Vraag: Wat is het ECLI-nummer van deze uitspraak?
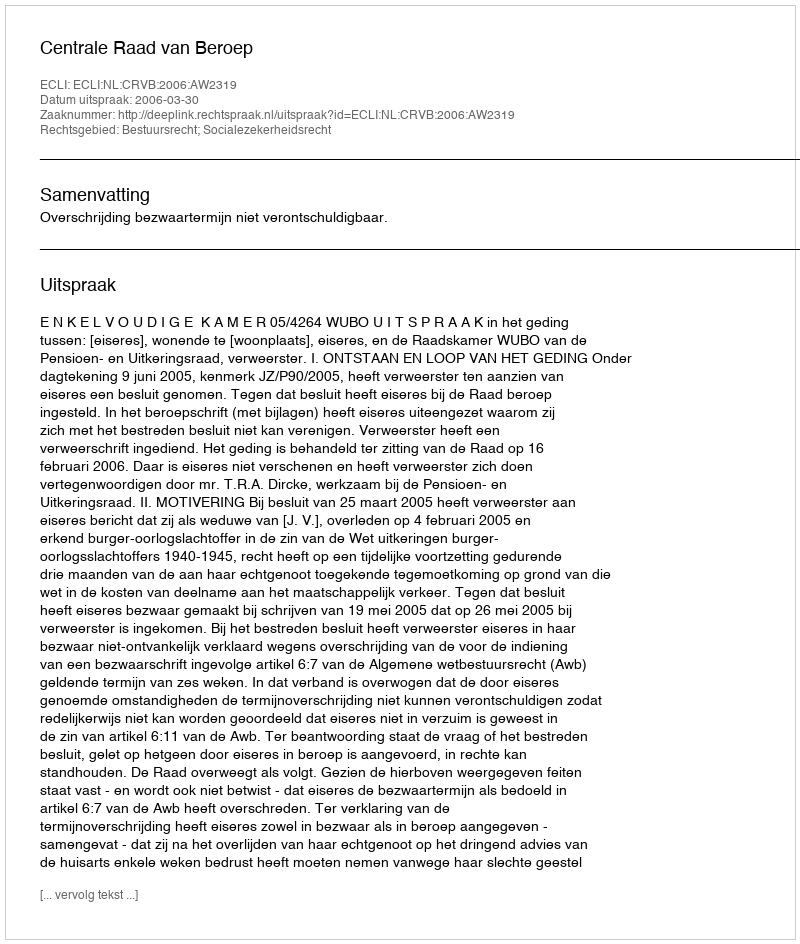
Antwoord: ECLI:NL:CRVB:2006:AW2319